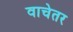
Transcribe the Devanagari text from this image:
वाचेतर